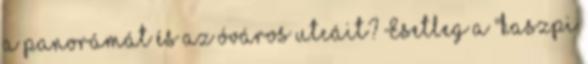
a panorámát és az óváros utcáit? Esetleg a "kaszpi